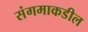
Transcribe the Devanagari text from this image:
संगमाकडील